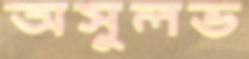
অসুলভ